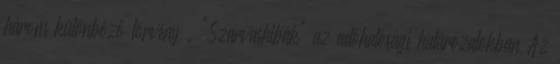
három különböző törvény . "Szarvashibák" az adóhatósági határozatokban Az